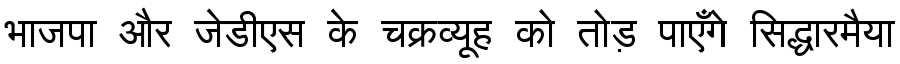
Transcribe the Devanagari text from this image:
भाजपा और जेडीएस के चक्रव्यूह को तोड़ पाएँगे सिद्धारमैया